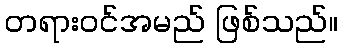
တရားဝင်အမည် ဖြစ်သည်။